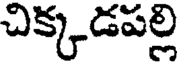
చిక్కడపల్లి